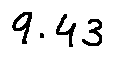
9 . 4 3